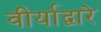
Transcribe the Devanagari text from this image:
वीर्याद्वारे